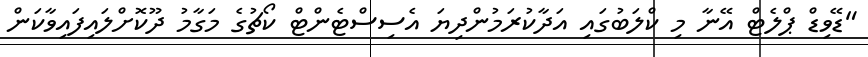
"ޑޭވިޑް ޕްލެޓް އޭނާ މި ކްލަބުގައި އަދާކުރަމުންދިޔަ އެސިސްޓެންޓް ކޯޗުގެ މަގާމު ދޫކޮށްލައިފައިވާކަން